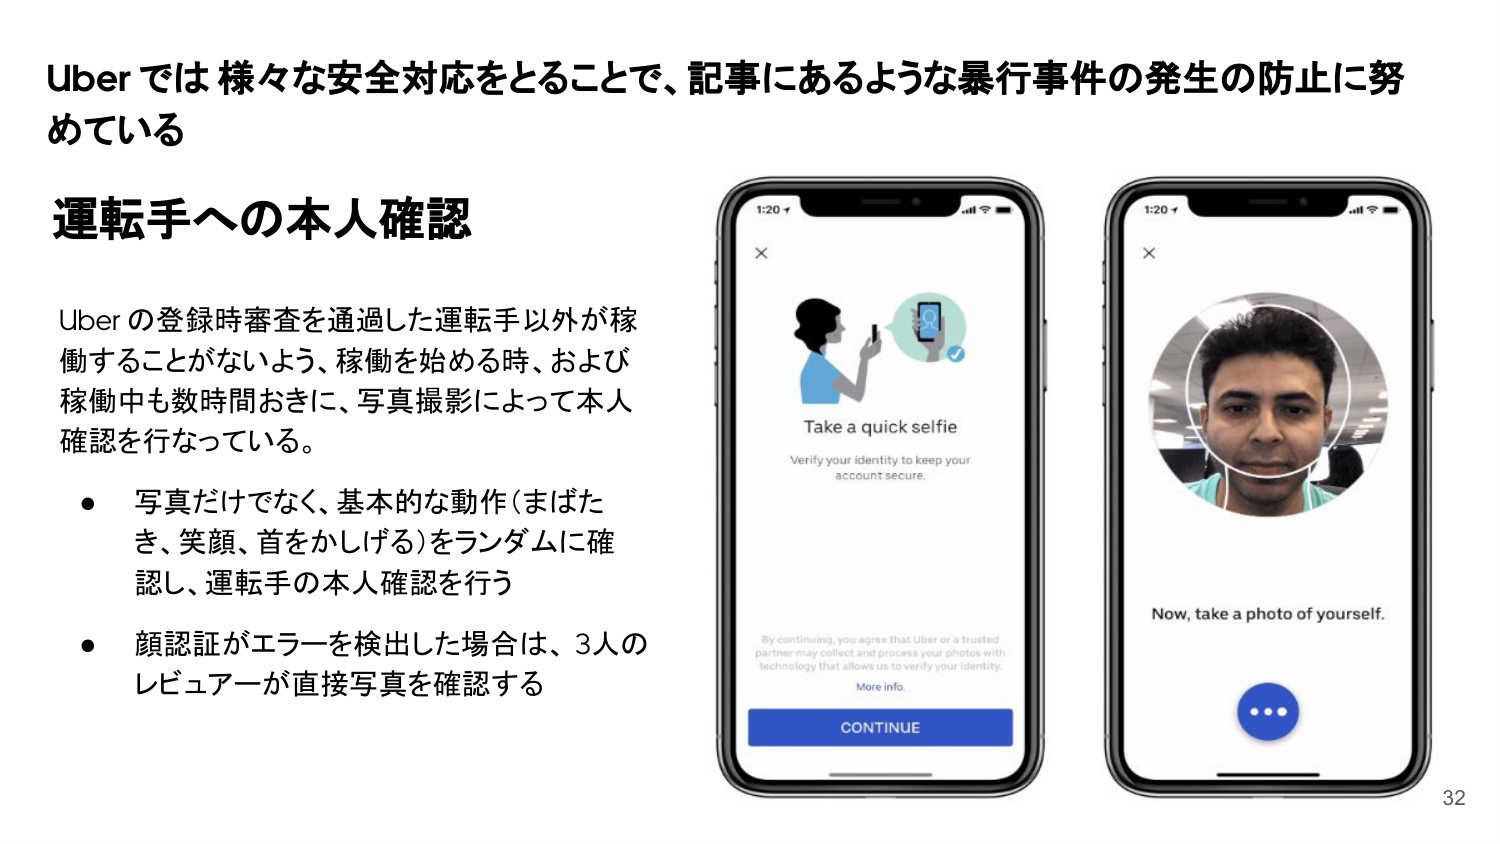
Uberでは 様々な安全対応をとることで、記事にあるような暴行事件の発生の防止に努めている

運転手への本人確認

Uber の登録時審査を通過した運転手以外が稼働することがないよう、稼働を始める時、および稼働中も数時間おきに、写真撮影によって本人確認を行なっている。

・ 写真だけでなく、基本的な動作（まばたき、笑顔、首をかしげる）をランダムに確認し、運転手の本人確認を行う
・ 顔認証がエラーを検出した場合は、3人のレビュアーが直接写真を確認する

Take a quick selfie
Verify your identity to keep your account secure.

By continuing, you agree that Uber or a trusted partner may collect and process your photos with technology that allows us to verify your identity.
More info.
CONTINUE

Now, take a photo of yourself.

32